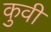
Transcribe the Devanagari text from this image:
कुवी